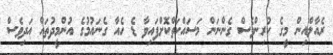
ރެއާލްއިން މީގެ ކުރިންވެސް ގެންނަން މަސައްކަތްކޮށްފައިވާ ޑެ ހެއާ ގެނައުމުގެ އުންމީދުތައް އަދިވެސް